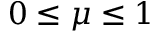
0 \leq \mu \leq 1